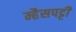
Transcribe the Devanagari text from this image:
म्हैसपट्टी